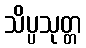
သိပ္ပသုတ္တ